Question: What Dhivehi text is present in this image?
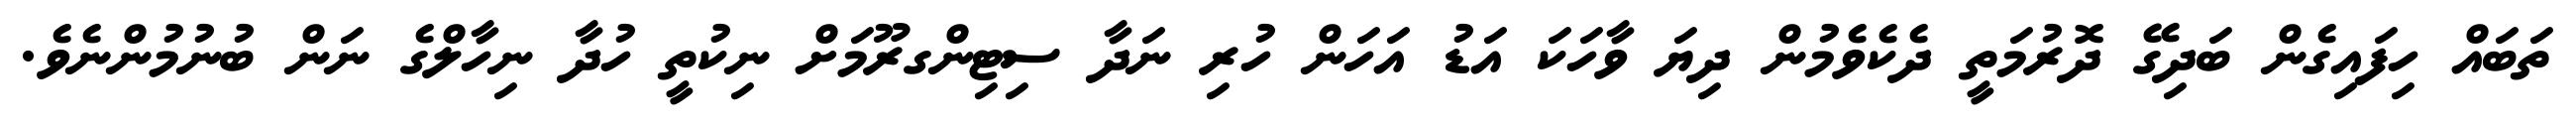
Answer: ތަބައް ހިފައިގެން ބަދިގޭ ދޮރުމަތީ ދެކެވެމުން ދިޔަ ވާހަކަ އަޑު އަހަން ހުރި ނަދާ ސިޓިންގރޫމަށް ނިކުތީ ހުދާ ނިހާލްގެ ނަން ބުނުމުންނެވެ.